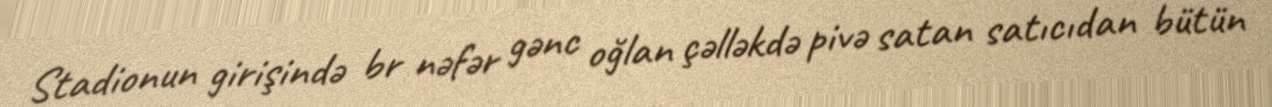
Stadionun girişində br nəfər gənc oğlan çəlləkdə pivə satan satıcıdan bütün